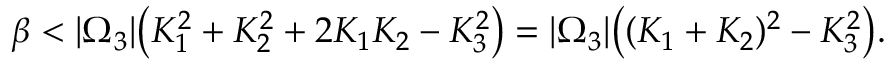
\beta < | \Omega _ { 3 } | \big ( K _ { 1 } ^ { 2 } + K _ { 2 } ^ { 2 } + 2 K _ { 1 } K _ { 2 } - K _ { 3 } ^ { 2 } \big ) = | \Omega _ { 3 } | \big ( ( K _ { 1 } + K _ { 2 } ) ^ { 2 } - K _ { 3 } ^ { 2 } \big ) .